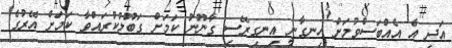
އަދި އެ އެއްބަސްވުމަށް ހިނގާނީ އިނގިރޭސި ގާނޫނު ކަމަށް ގަބޫލުކުރައްވާ ކަމަށް އޭރުގެ